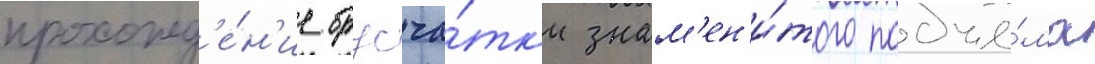
прохожд'е́н'ие брусча́тк'и знам'ен'и́того подъё́ма